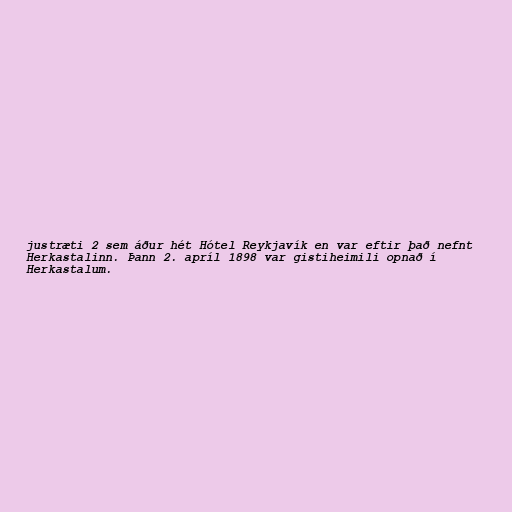
justræti 2 sem áður hét Hótel Reykjavík en var eftir það nefnt
Herkastalinn. Þann 2. apríl 1898 var gistiheimili opnað í
Herkastalum.